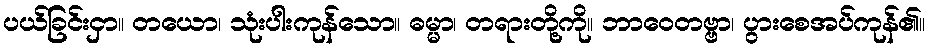
ပယ်ခြင်းငှာ။ တယော၊ သုံးပါးကုန်သော။ ဓမ္မာ၊ တရားတို့ကို။ ဘာဝေတဗ္ဗာ၊ ပွားစေအပ်ကုန်၏။